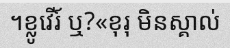
។ខ្លូវើរ៍ ឬ?«ខុរុ មិនស្គាល់